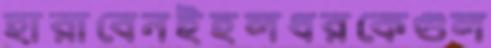
হারাবেনইহলধরকেগুল